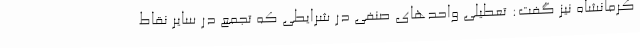
کرمانشاه نیز گفت: تعطیلی واحدهای صنفی در شرایطی که تجمع در سایر نقاط